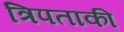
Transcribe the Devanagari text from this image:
त्रिपताकी